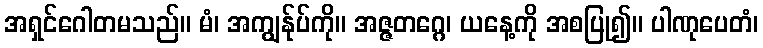
အရှင်ဂေါတမသည်။ မံ၊ အကျွန်ုပ်ကို။ အဇ္ဇတဂ္ဂေ၊ ယနေ့ကို အစပြု၍။ ပါဏုပေတံ၊